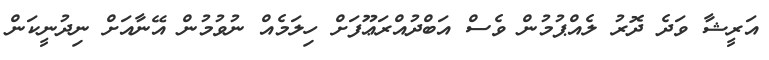
އަރީޝާ ވަދެ ދޮރު ލެއްޕުމުން ވެސް އަބްދުއްރަޢޫފަށް ހިލަމެއް ނުވުމުން އޭނާއަށް ނިދުނީކަން